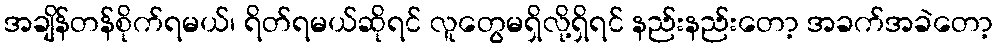
အချိန်တန်စိုက်ရမယ်၊ ရိတ်ရမယ်ဆိုရင် လူတွေမရှိလို့ရှိရင် နည်းနည်းတော့ အခက်အခဲတော့